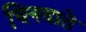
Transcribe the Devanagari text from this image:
चिनवाते